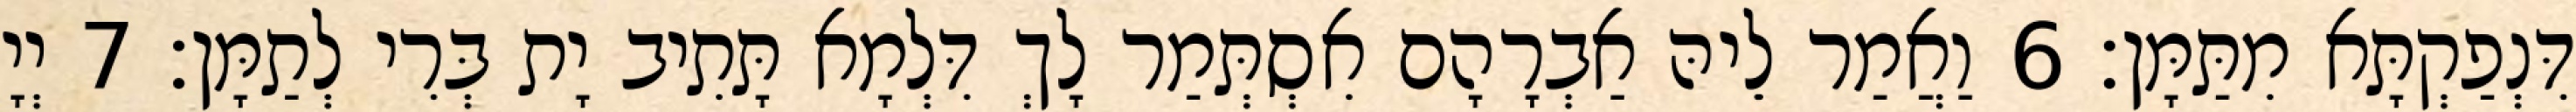
דִּנְפַקְתָּא מִתַּמָּן׃ 6 וַאֲמַר לֵיהּ אַבְרָהָם אִסְתְּמַר לָךְ דִּלְמָא תָּתִיב יָת בְּרִי לְתַמָּן׃ 7 יְיָ